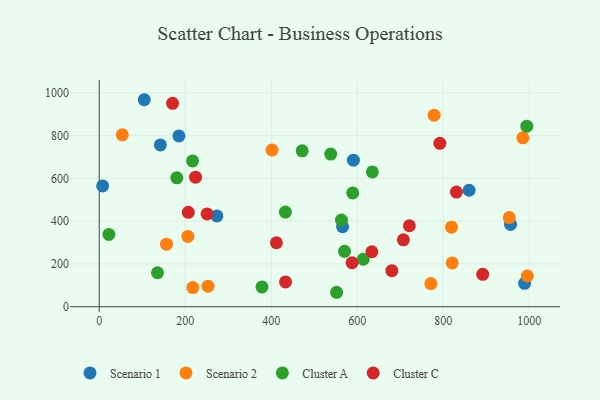
{"axis": {"x": "Distance", "y": "Profit"}, "legend": ["Cluster A", "Cluster C", "Scenario 1", "Scenario 2"], "data": [{"x": "142.1", "y": 756.4, "type": "Scenario 1"}, {"x": "7.9", "y": 564.6, "type": "Scenario 1"}, {"x": "956.3", "y": 384.7, "type": "Scenario 1"}, {"x": "104.7", "y": 967.7, "type": "Scenario 1"}, {"x": "860.0", "y": 544.5, "type": "Scenario 1"}, {"x": "591.0", "y": 685.0, "type": "Scenario 1"}, {"x": "273.6", "y": 424.5, "type": "Scenario 1"}, {"x": "185.3", "y": 798.6, "type": "Scenario 1"}, {"x": "989.0", "y": 109.4, "type": "Scenario 1"}, {"x": "565.8", "y": 374.4, "type": "Scenario 1"}, {"x": "819.2", "y": 371.8, "type": "Scenario 2"}, {"x": "953.4", "y": 416.5, "type": "Scenario 2"}, {"x": "778.7", "y": 895.5, "type": "Scenario 2"}, {"x": "217.7", "y": 89.4, "type": "Scenario 2"}, {"x": "156.4", "y": 292.4, "type": "Scenario 2"}, {"x": "252.9", "y": 96.0, "type": "Scenario 2"}, {"x": "401.8", "y": 732.4, "type": "Scenario 2"}, {"x": "53.7", "y": 803.5, "type": "Scenario 2"}, {"x": "206.0", "y": 328.6, "type": "Scenario 2"}, {"x": "995.5", "y": 143.6, "type": "Scenario 2"}, {"x": "820.7", "y": 204.8, "type": "Scenario 2"}, {"x": "985.0", "y": 789.7, "type": "Scenario 2"}, {"x": "771.2", "y": 108.1, "type": "Scenario 2"}, {"x": "471.9", "y": 728.8, "type": "Cluster A"}, {"x": "432.8", "y": 442.6, "type": "Cluster A"}, {"x": "589.4", "y": 531.8, "type": "Cluster A"}, {"x": "570.4", "y": 259.1, "type": "Cluster A"}, {"x": "22.5", "y": 338.1, "type": "Cluster A"}, {"x": "635.1", "y": 630.3, "type": "Cluster A"}, {"x": "613.8", "y": 221.9, "type": "Cluster A"}, {"x": "552.0", "y": 67.5, "type": "Cluster A"}, {"x": "378.4", "y": 92.5, "type": "Cluster A"}, {"x": "217.0", "y": 681.7, "type": "Cluster A"}, {"x": "135.5", "y": 158.8, "type": "Cluster A"}, {"x": "180.4", "y": 602.6, "type": "Cluster A"}, {"x": "563.2", "y": 405.2, "type": "Cluster A"}, {"x": "538.2", "y": 713.5, "type": "Cluster A"}, {"x": "994.2", "y": 844.1, "type": "Cluster A"}, {"x": "707.1", "y": 312.7, "type": "Cluster C"}, {"x": "891.6", "y": 151.4, "type": "Cluster C"}, {"x": "587.9", "y": 205.6, "type": "Cluster C"}, {"x": "170.5", "y": 950.8, "type": "Cluster C"}, {"x": "207.1", "y": 441.4, "type": "Cluster C"}, {"x": "792.0", "y": 763.9, "type": "Cluster C"}, {"x": "830.5", "y": 536.1, "type": "Cluster C"}, {"x": "250.8", "y": 433.9, "type": "Cluster C"}, {"x": "680.4", "y": 168.6, "type": "Cluster C"}, {"x": "633.9", "y": 256.9, "type": "Cluster C"}, {"x": "411.9", "y": 299.0, "type": "Cluster C"}, {"x": "433.2", "y": 115.9, "type": "Cluster C"}, {"x": "721.1", "y": 378.4, "type": "Cluster C"}, {"x": "224.0", "y": 605.5, "type": "Cluster C"}]}